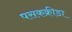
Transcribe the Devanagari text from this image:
पसकक्रीडा